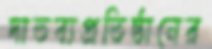
দাতব্যপ্রতিষ্ঠানের